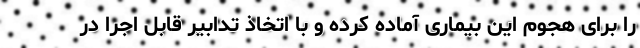
را برای هجوم این بیماری آماده کرده و با اتخاذ تدابیر قابل اجرا در